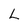
Character: L